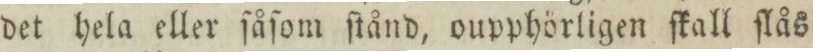
det hela eller ſåſom ſtånd, oupphörligen ſkall ſlås